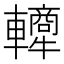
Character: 𬧿